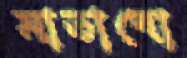
মাতাবো